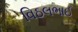
વિઠલભાઈ